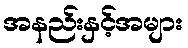
အနည်းနှင့်အများ